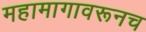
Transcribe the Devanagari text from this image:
महामागावरूनच